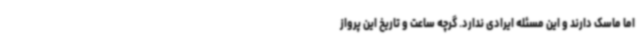
اما ماسک دارند و این مسئله ایرادی ندارد. گرچه ساعت و تاریخ این پرواز